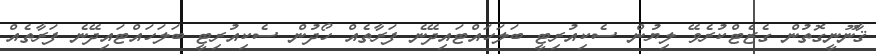
ޤާނޫނީގޮތުން ގެޒެޓްކުރެވޭ ލިޔުން ސެކިއުރިޓީ ބަލަހައްޓައިދޭނެ ފަރާތެއް ހޯދުން ސެކިއުރިޓީ ބަލަހައްޓައިދޭނެ ފަރާތެއް